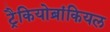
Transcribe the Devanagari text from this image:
ट्रैकियोब्रांकियल